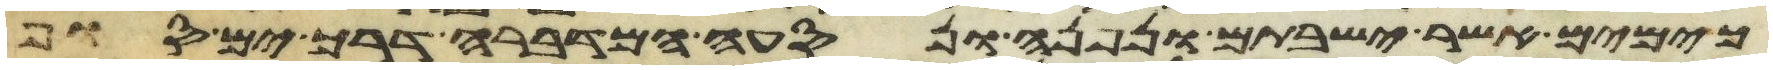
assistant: כימים אשר ישבתם ונפנה ונסעה המדברה דרך ים סוף